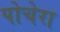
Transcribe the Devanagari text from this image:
पोचेरा